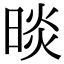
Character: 晱